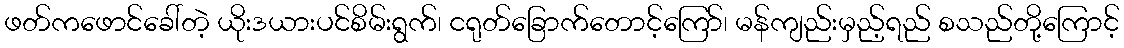
ဖတ်ကဖောင်ခေါ်တဲ့ ယိုးဒယားပင်စိမ်းရွက်၊ ငရုတ်ခြောက်တောင့်ကြော်၊ မန်ကျည်းမှည့်ရည် စသည်တို့ကြောင့်